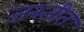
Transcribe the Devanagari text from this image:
जस्तीत